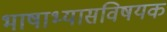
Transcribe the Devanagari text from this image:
भाषाभ्यासविषयक